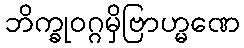
ဘိက္ခုဝဂ္ဂမှိဗြာဟ္မဏေ